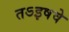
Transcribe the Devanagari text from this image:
तऽइषवे